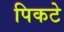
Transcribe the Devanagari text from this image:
पिकटे